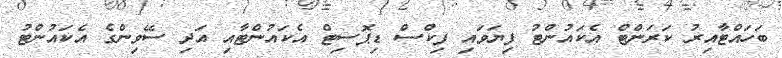
ބަހައްޓާއިރު ކަރަންޓް އެކައުންޓު ފިޔަވައި ފިކްސް ޑިޕޮސިޓް އެކައުންޓާއި އަދި ސޭވިންގެ އެކައުންޓު